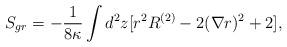
LaTeX: \begin{align*}S_{gr}=- {1 \over 8\kappa}\int\limits_{}^{}d^{2}z[r^{2}R^{(2)} -2(\nabla r)^{2}+2] ,\end{align*}